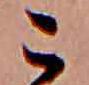
こ